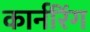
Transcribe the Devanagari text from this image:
कार्नरिंग